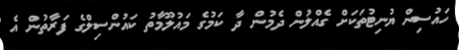
ހައުސިން ޔުނިޓުތަކަށް ގެއްލުން ދެމުން ދާ ކަމުގެ މައުލޫމާތު ކައުންސިލްގެ ފަރާތުން އެ